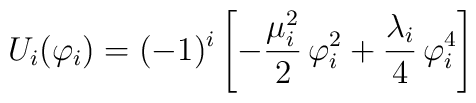
U_{i}(\varphi_{i}) = (-1)^{i}\left[-\frac{\mu^{2}_{i}}{2}\,\varphi^{2}_{i} + \frac{\lambda_{i}}{4}\,\varphi^{4}_{i}\right]